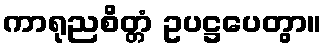
ကာရုညစိတ္တံ ဥပဋ္ဌပေတွာ။